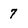
Character: 7